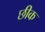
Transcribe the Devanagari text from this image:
छीक